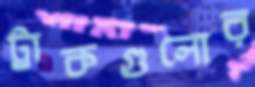
ট্রাকগুলোর